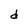
Character: d